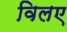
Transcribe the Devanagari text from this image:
विलए